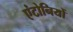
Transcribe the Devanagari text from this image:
एंटोनियों